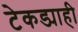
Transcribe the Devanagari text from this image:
टेकड्याही